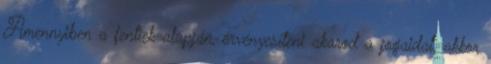
Amennyiben a fentiek alapján, érvényesíteni akarod a jogaidat, akkor